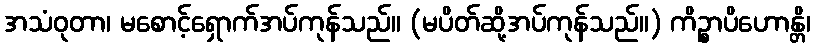
အသံဝုတာ၊ မစောင့်ရှောက်အပ်ကုန်သည်။ (မပိတ်ဆို့အပ်ကုန်သည်။) ကိဉ္စာပိဟောန္တိ၊